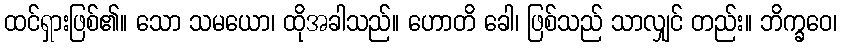
ထင်ရှားဖြစ်၏။ သော သမယော၊ ထိုအခါသည်။ ဟောတိ ခေါ၊ ဖြစ်သည် သာလျှင် တည်း။ ဘိက္ခဝေ၊